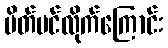
ပိတ်ပင်လိုက်ကြောင်း